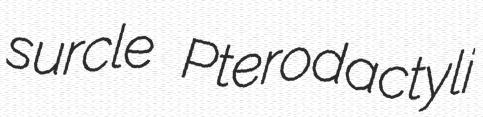
surcle Pterodactyli